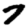
Digit: 7